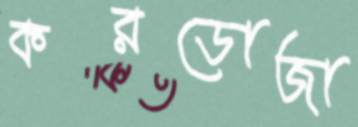
করডোজা